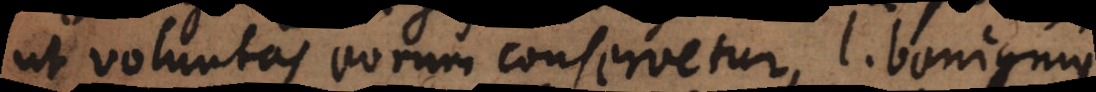
ut voluntas eorum conservetur, l. benignius